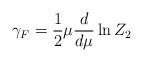
LaTeX: \begin{align*}\gamma _F=\frac 12\mu \frac d{d\mu }\ln Z_2\end{align*}